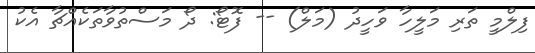
ފިލްމީ ތަރި މަލީހާ ވަހީދު (މަލް) -- ފޮޓޯ: ދޯ މަސްތުވާތަކެއްޗާ އެކު